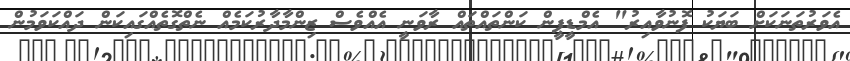
އެވަރުތަނަކަށް ބަޔަކު ފޮނުވާއިރު" އެމްޑީޕީން ކަންތައްތައް ރާވަނީ އެއްވެސް ޒިންމާދާރުކަމެއް ނެތްގޮތެއްގައިކަން ދައްކަވަމުން